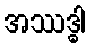
အဿဒ္ဓါ